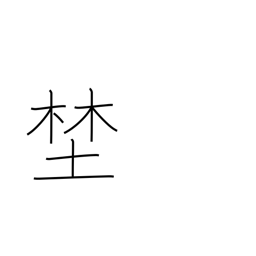
Meaning: wilderness